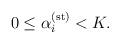
LaTeX: \begin{align*}0\leq \alpha_{i}^{({\rm st})}<K.\end{align*}